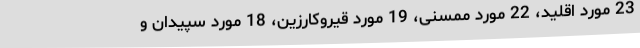
23 مورد اقلید، 22 مورد ممسنی، 19 مورد قیروکارزین، 18 مورد سپیدان و